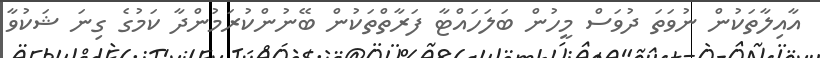
އާއިލާތަކުން ނުވަތަ ދުވަސް މީހުން ބަލަހައްޓާ ފަރާތްތަކުން ބޭނުންކުރަމުންދާ ކަމުގެ ގިނަ ޝަކުވާ